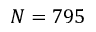
N = 7 9 5